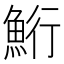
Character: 𫙚